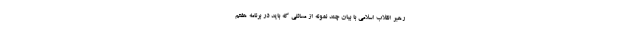
رهبر انقلاب اسلامی با بیان چند نمونه از مسائلی که باید در برنامه هفتم